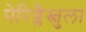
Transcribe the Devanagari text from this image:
पेरिब्लैस्चुला